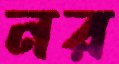
নর